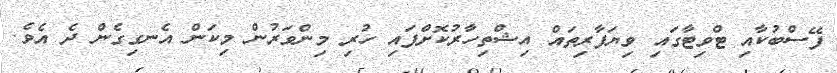
ފޭސްބުކާއި ޓްވިޓާގައި ވިޔަފާރިތައް އިޝްތިހާރުކޮށްފައި ހުރި މިންވަރުން މިކަން އެނގިގެން ދެ އެވެ.